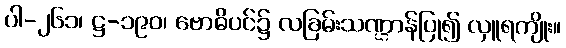
ပါ-၂၆၁၊ ဋ္ဌ-၁၉၀၊ ဗောဓိပင်၌ လခြမ်းသဏ္ဌာန်ပြု၍ လှူရကျိုး။